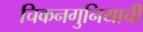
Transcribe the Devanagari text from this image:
चिकनगुनियाची